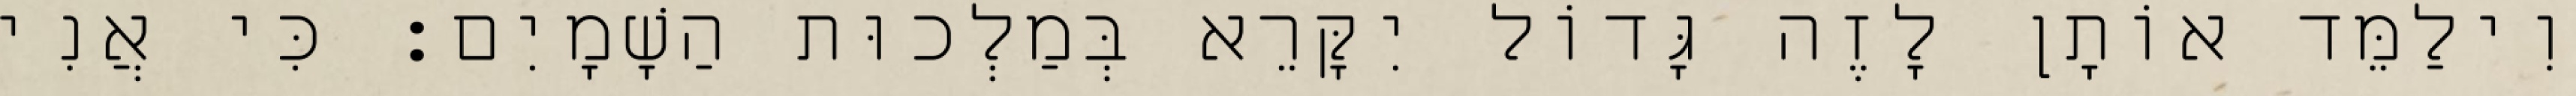
וִילַמֵּד אוֹתָן לָזֶה גָּדוֹל יִקָּרֵא בְּמַלְכוּת הַשָׁמָיִם׃ כִּי אֲנִי